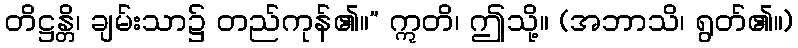
တိဋ္ဌန္တိ၊ ချမ်းသာ၌ တည်ကုန်၏။” ဣတိ၊ ဤသို့။ (အဘာသိ၊ ရွတ်၏။)